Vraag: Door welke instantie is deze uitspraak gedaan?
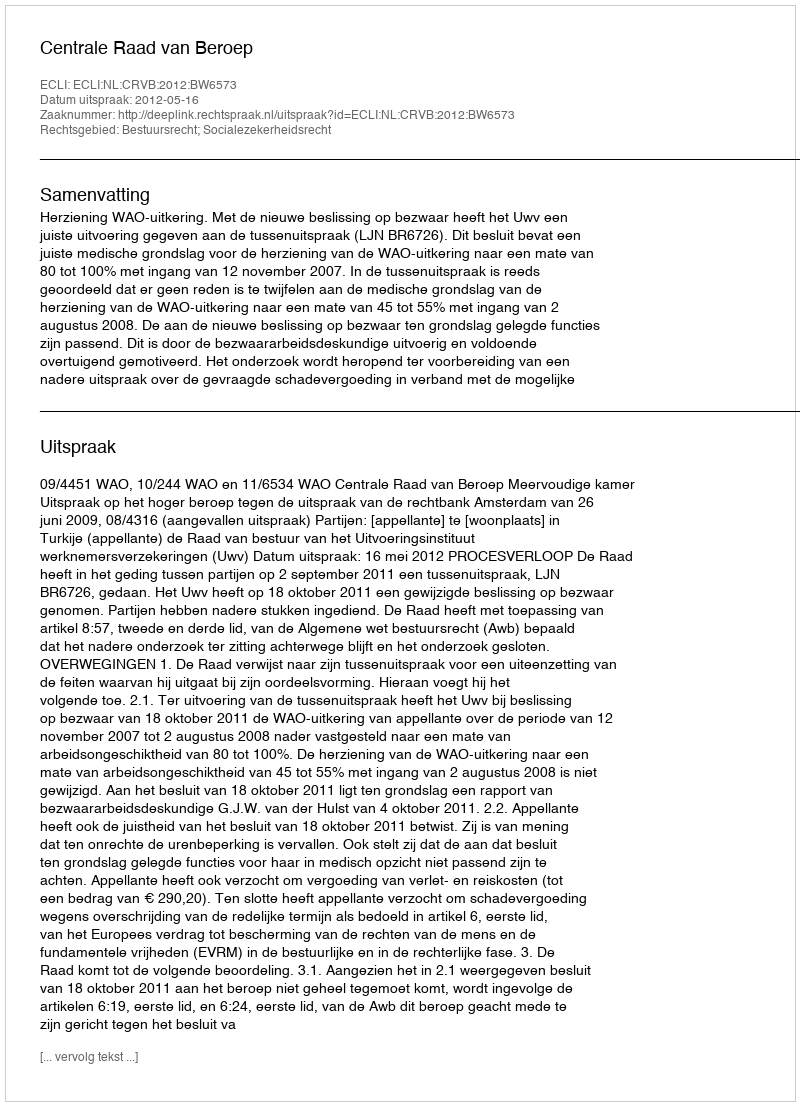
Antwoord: Centrale Raad van Beroep